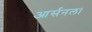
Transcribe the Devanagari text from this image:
आर्सनल।